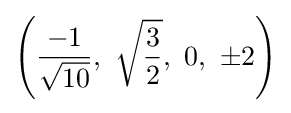
\left({\frac {-1}{\sqrt {10}}},\ {\sqrt {\frac {3}{2}}},\ 0,\ \pm 2\right)